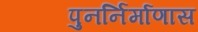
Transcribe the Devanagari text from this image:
पुनर्निर्माणास